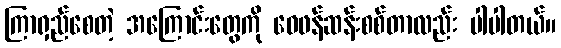
ကြာရှည်စေတဲ့ အကြောင်းတွေကို ဝေဖန်ဆန်းစစ်တာလည်း ပါပါတယ်။